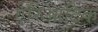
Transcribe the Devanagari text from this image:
एरिआटिक